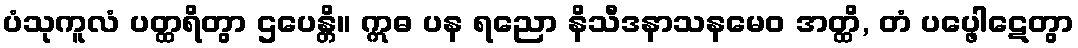
ပံသုကူလံ ပတ္ထရိတွာ ဌပေန္တိ။ ဣဓ ပန ရညော နိသီဒနာသနမေဝ အတ္ထိ, တံ ပပ္ဖေါဋေတွာ